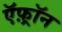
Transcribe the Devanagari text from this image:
ऍफ़्रॉन